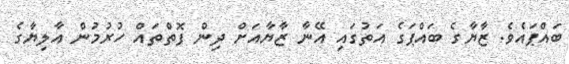
ބައްޕައެވެ. ޒާޔާގެ ބައްޕަގެ އަތުގައި އޭނާ ޒާޔާއަށް ދިން ފޮތްތައް ހުރުމުން އާލިޔާގެ